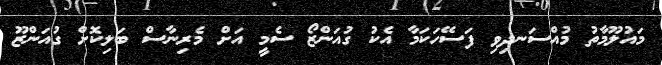
މައުލޫމާތު މުއްސަނދިވި ފަސޭހަކަމާ އެކު ގުއަންޒޯ ސެމީ އަށް މެރިނާސް ބަލިކޮށް ގުއަންޒޫ